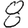
Digit: 8